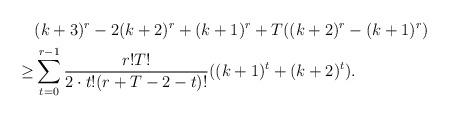
LaTeX: \begin{align*} & (k+3)^r-2(k+2)^r+(k+1)^r+T((k+2)^r-(k+1)^r) \\ \geq & \sum^{r-1}_{t=0} \frac {r!T!}{2\cdot t! (r+T-2-t)!}((k+1)^t+(k+2)^t).\end{align*}